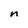
Character: n